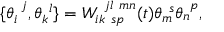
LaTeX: \{ \theta _ { i } ^ { ~ j } , \theta _ { k } ^ { ~ l } \} = W _ { i k ~ s p } ^ { ~ j l ~ m n } ( t ) \theta _ { m } ^ { ~ s } \theta _ { n } ^ { ~ p } ,